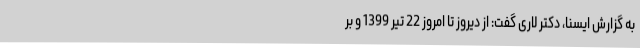
به گزارش ایسنا، دکتر لاری گفت: از دیروز تا امروز 22 تیر 1399 و بر